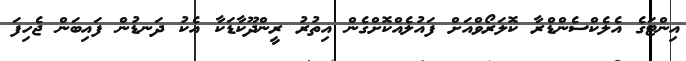
އިންޓަގެ އެލެކްސެންޑްރާ ކޮލަރޯވްއަށް ފައުލެއްކޮށްގެން އިތުރު ރީންދޫކާޑަކާ އެކު ދަނޑުން ފައިބަން ޖެހިފަ